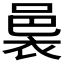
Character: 𮖄